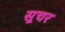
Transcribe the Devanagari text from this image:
सूचर